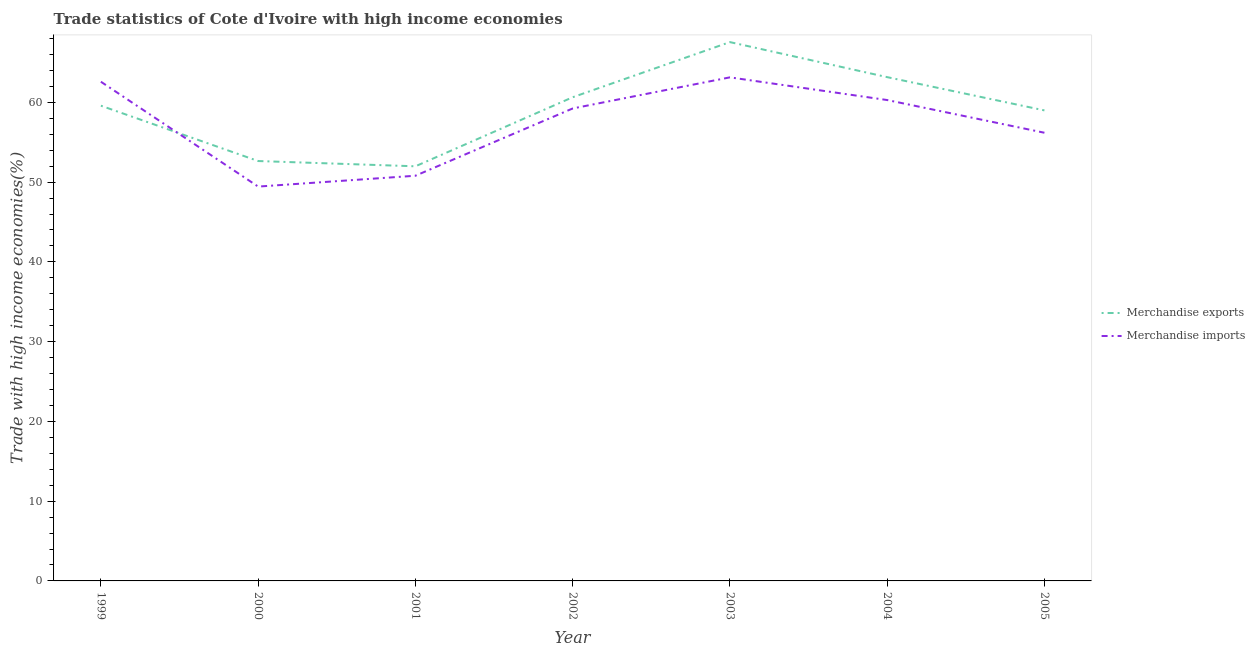
| Year | Merchandise exports | Merchandise imports |
 | --- | --- | --- |
 | 1999 | 59.6 | 62.6 |
 | 2000 | 52.6 | 49.4 |
 | 2001 | 52 | 50.8 |
 | 2002 | 60.6 | 59.2 |
 | 2003 | 67.6 | 63.1 |
 | 2004 | 63.2 | 60.3 |
 | 2005 | 59 | 56.2 |